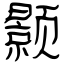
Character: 颢